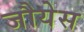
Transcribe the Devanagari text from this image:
जौयेस